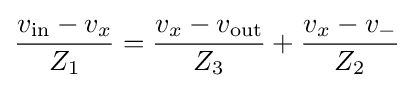
{\frac {v_{\text{in}}-v_{x}}{Z_{1}}}={\frac {v_{x}-v_{\text{out}}}{Z_{3}}}+{\frac {v_{x}-v_{-}}{Z_{2}}}